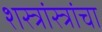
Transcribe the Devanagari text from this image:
शस्त्रांस्त्रांचा